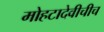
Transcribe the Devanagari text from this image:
मोहटादेवीचीच